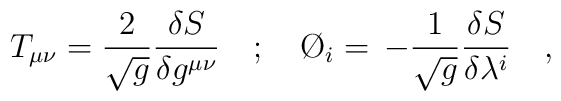
T_{\mu\nu} =  \frac{2}{\sqrt{g}}\frac{\delta S}{\delta  g^{\mu\nu}}\quad;\quad \O_i =  \, -  \frac{1}{\sqrt{g}}\frac{\delta  S}{\delta\lambda^i}\quad ,